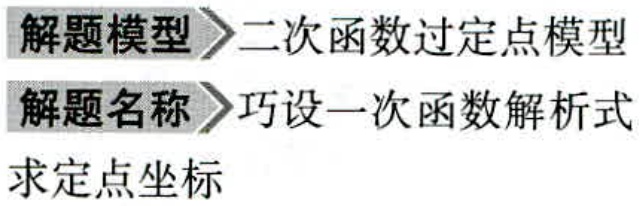
解题模型 \(\rhd\) 二次函数过定点模型
解题名称 \(\rhd\) 巧设一次函数解析式
求定点坐标